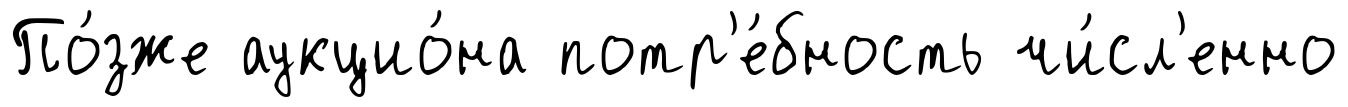
По́зже аукцио́на потр'е́бность чи́сл'енно